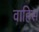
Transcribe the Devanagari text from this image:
वाहिस